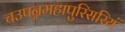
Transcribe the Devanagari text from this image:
चउपन्नमहापुरिसरियं